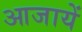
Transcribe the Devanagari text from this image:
आजायें